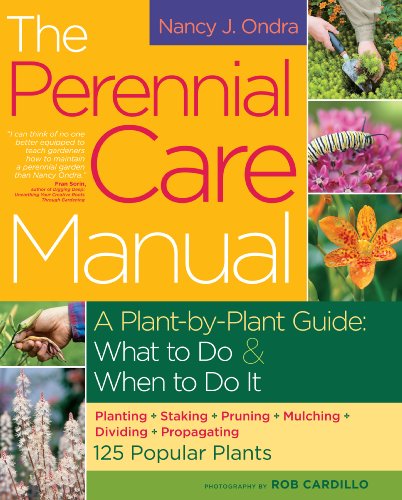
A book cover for The Perennial Care Manual: A Plant-by-Plant Guide: What to Do & When to Do It; Nancy J. Ondra; Crafts, Hobbies & Home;